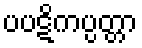
ပပဋိကပ္ပတ္တာ